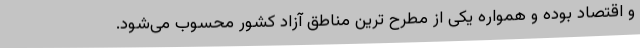
و اقتصاد بوده و همواره یکی از مطرح ترین مناطق آزاد کشور محسوب می‌شود.